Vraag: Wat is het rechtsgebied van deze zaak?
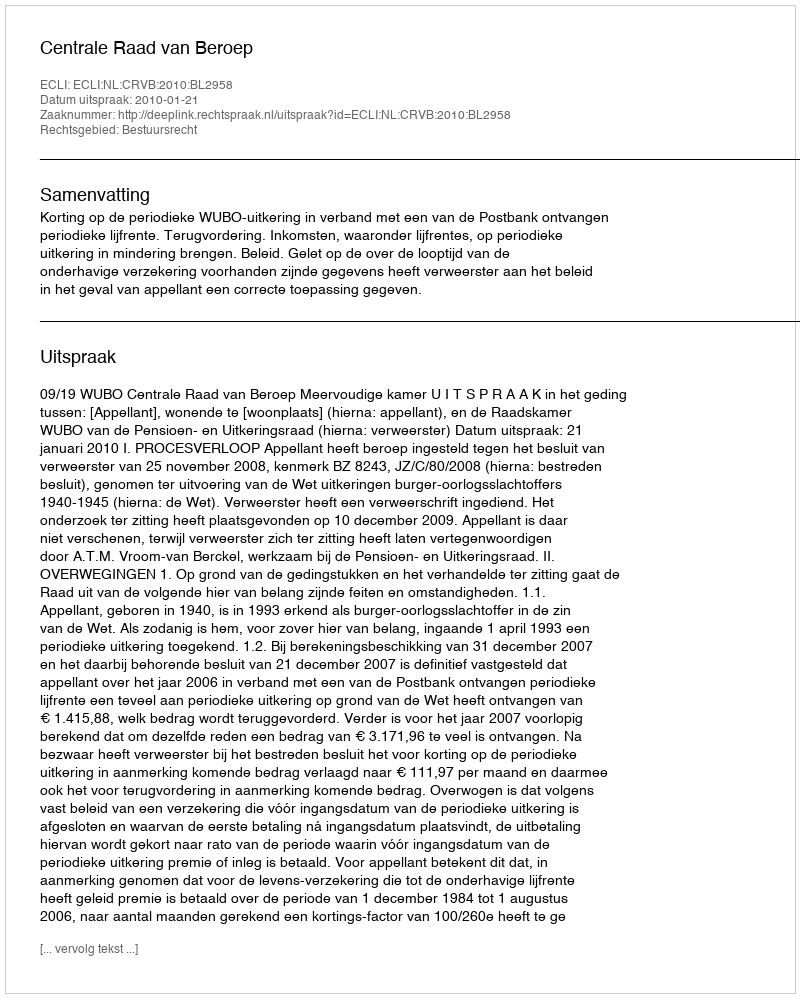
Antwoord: Bestuursrecht